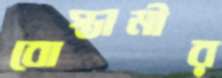
বোস্তামীর